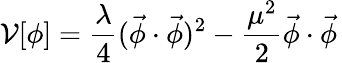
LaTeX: \mathcal{V}[\phi]=\frac{{\lambda}}{{4}}(\vec{{\phi}}\cdot\vec{{\phi}})^{2}-\frac{{\mu^{2}}}{{2}}\vec{{\phi}}\cdot\vec{{\phi}}\,